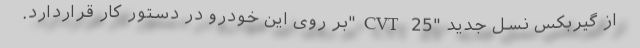
از گیربکس نسل جدید "CVT 25"بر روی این خودرو در دستور کار قراردارد.